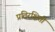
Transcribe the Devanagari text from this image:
प्रतिरक्षिती